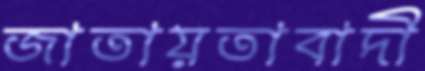
জাতায়তাবাদী